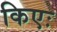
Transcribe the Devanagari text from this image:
किएः